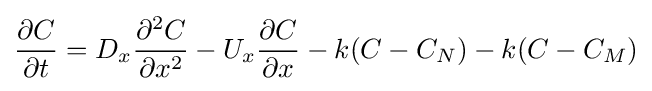
{\frac {\partial C}{\partial t}}=D_{x}{\frac {\partial ^{2}C}{\partial x^{2}}}-U_{x}{\frac {\partial C}{\partial x}}-k(C-C_{N})-k(C-C_{M})